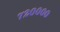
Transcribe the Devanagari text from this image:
७२००००